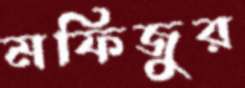
মফিজুর